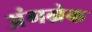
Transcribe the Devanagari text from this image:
अंगग्रेक